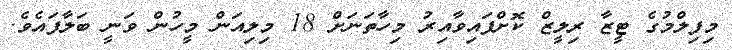
މިފިލްމުގެ ޓީޒާ ރިލީޒް ކޮށްފައިވާއިރު މިހާތަނަށް 18 މިލިއަން މީހުން ވަނީ ބަލާފައެވެ.